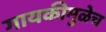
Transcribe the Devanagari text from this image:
गायकीमुळेच